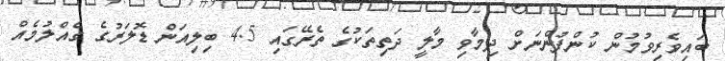
ބައިވެރިވުމުން ކުންފުންނަށް ދިމާވި މާލީ ދަތިތަކުގެ ތެރޭގައި 4.5 ބިލިއަން ޑޮލަރުގެ ގެއްލުމެއް